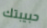
حبيبتك